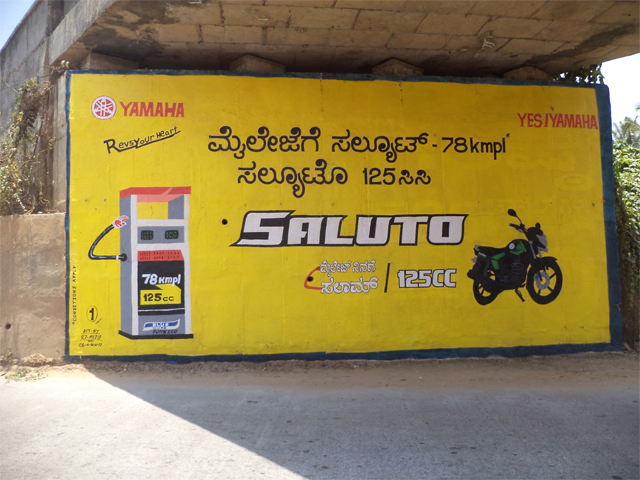
Language: kannada
Transcription: ಮೈಲೇಜೆಗೆ ಸಲ್ಯೂಟ್